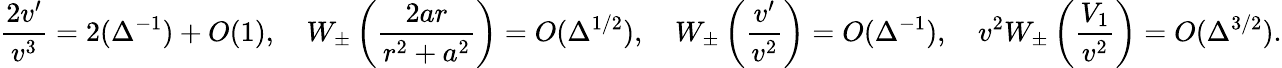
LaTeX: \frac{2v^{\prime}}{v^{3}}=2(\Delta^{-1})+O(1),\quad W_{\pm}\left(\frac{2ar}{r^{2}+a^{2}}\right)=O(\Delta^{1/2}),\quad W_{\pm}\left(\frac{v^{\prime}}{v^{2}}\right)=O(\Delta^{-1}),\quad v^{2}W_{\pm}\left(\frac{V_{1}}{v^{2}}\right)=O(\Delta^{3/2}).